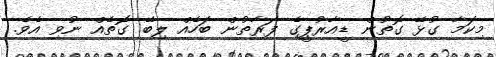
މިކަމާ ގުޅޭ ގޮތުން ޑީއާރުޕީގެ ފަރާތުން ބަހެއް ލިބޭ ގޮތެއް ނުވި އެވެ.